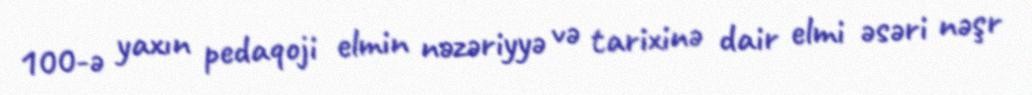
100-ə yaxın pedaqoji elmin nəzəriyyə və tarixinə dair elmi əsəri nəşr